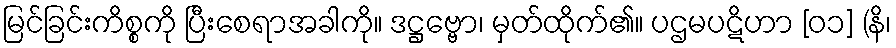
မြင်ခြင်းကိစ္စကို ပြီးစေရာအခါကို။ ဒဋ္ဌဗ္ဗော၊ မှတ်ထိုက်၏။ ပဌမပဋိဟာ [၀၁] (နိ၊